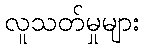
လူသတ်မှုများ